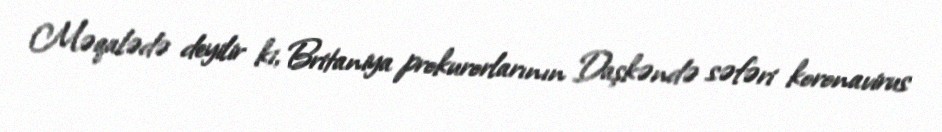
Məqalədə deyilir ki, Britaniya prokurorlarının Daşkəndə səfəri koronavirus